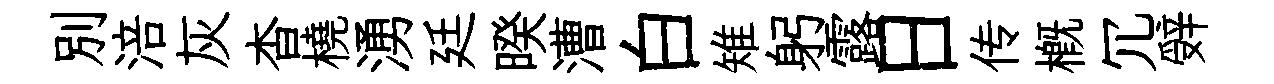
別涪灰杳橈湧廷暌漕白雉躬露日传概冗辤